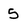
Character: 5